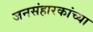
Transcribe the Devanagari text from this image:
जनसंहारकांच्या